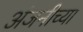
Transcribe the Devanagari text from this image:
अंजनीच्या